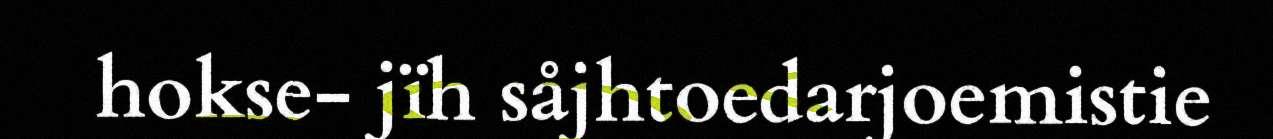
hokse- jïh såjhtoedarjoemistie